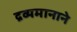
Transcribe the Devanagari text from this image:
द्रव्यमानाने